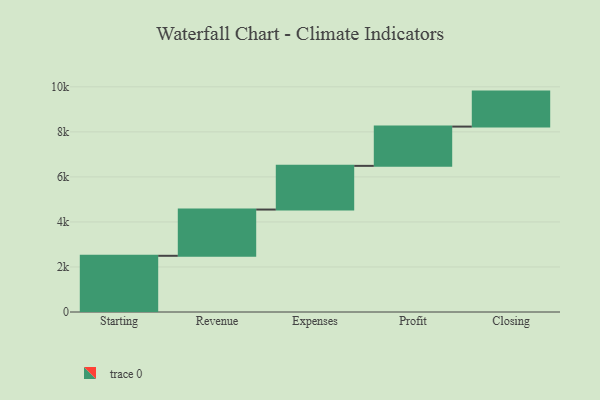
{"axis": {"x": "Step", "y": "Value"}, "legend": [""], "data": [{"x": "Starting", "y": 2496.0, "type": ""}, {"x": "Revenue", "y": 2054.0, "type": ""}, {"x": "Expenses", "y": 1940.0, "type": ""}, {"x": "Profit", "y": 1744.0, "type": ""}, {"x": "Closing", "y": 1554.0, "type": ""}]}